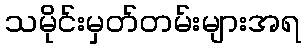
သမိုင်းမှတ်တမ်းများအရ